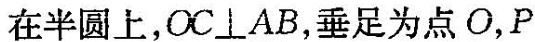
在半圆上，$$OC\perp AB$$，垂足为点O，P